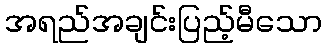
အရည်အချင်းပြည့်မီသော